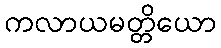
ကလာယမတ္တိယော